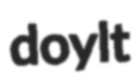
doylt